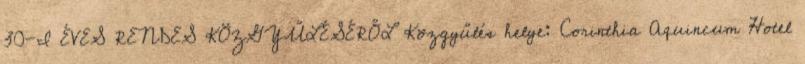
30-I ÉVES RENDES KÖZGYŰLÉSÉRŐL Közgyűlés helye: Corinthia Aquincum Hotel